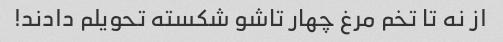
از نه تا تخم مرغ چهار تاشو شکسته تحویلم دادند!